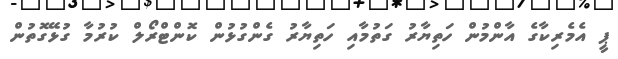
ޕީ އެމެރިކާގެ އާންމުން ހަތިޔާރު ގަތުމާއި ހަތިޔާރު ގެންގުޅުން ކޮންޓްރޯލް ކުރުމާ ގުޅޭގޮތުން